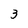
Character: 3